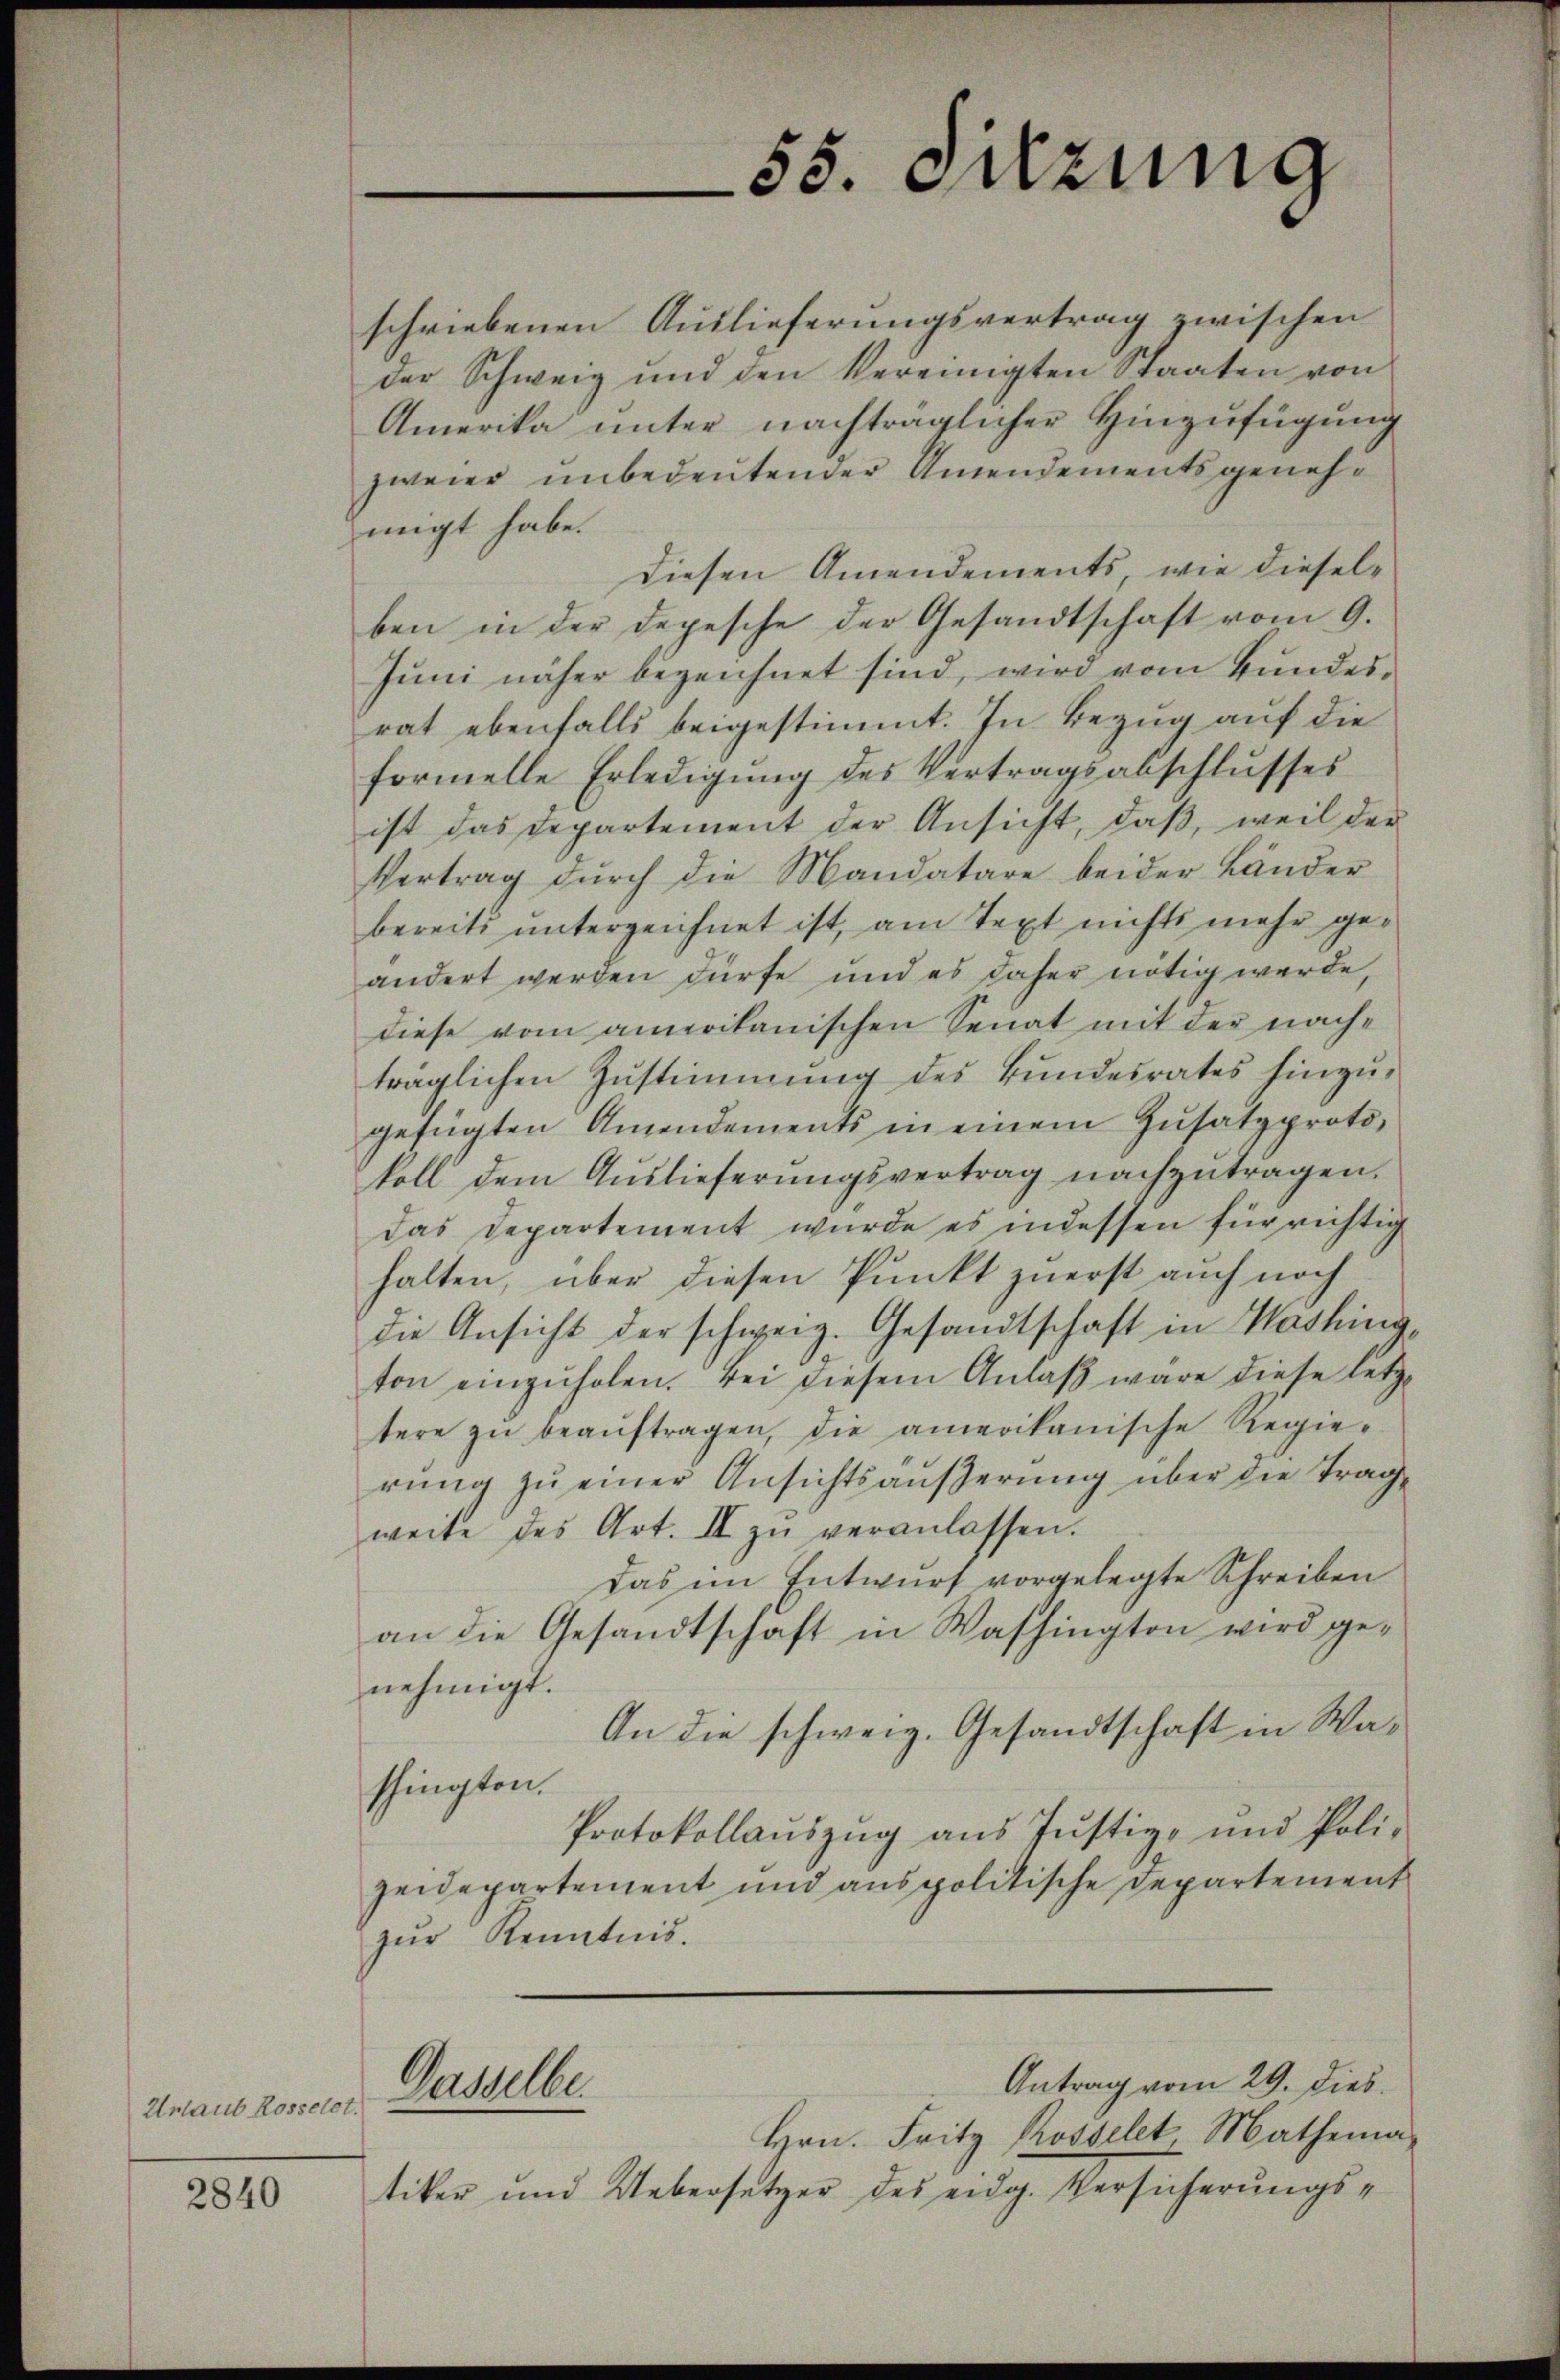
Urlaub Rosselet.

2840

55. Szung

schriebenen Auslieferungsvertrag zwischen
der Schweiz und den Vereinigten Staaten von
Amerika unter nachträglicher Hinzufügung
zweier unbedeutender Amendements genehmigt habe.
diesen Amendements, wie dieselben in der Depesche der Gesandtschaft vom 9.
Juni näher bezeichnet sind, wird vom Bundesrat ebenfalls beigestimmt. In Bezug auf die
formelle Erledigŭng des Vertragsabschlŭsses
ist das Departement der Ansicht, daß, weil der
Vertrag durch die Mandatare beider Länder
bereits unterzeichnet ist, am Text nichts mehr geändert werden dürfe und es daher nötig werde,
diese vom amerikanischen Senat mit der nachträglichen Zustimmung des Bundesrates hinzugefügten Amendements in einem Zusatzprotokoll dem Aŭslieferŭngsvertrag nachzŭtragen.
das Departement wurde es indessen für richtig
halten, über diesen Punkt zuerst auch noch
die Ansicht der schweiz. Gesandtschaft in Washing
ton einzŭholen. Bei diesem Anlaß wäre diese letz
tere zŭ beaŭftragen, die amerikanische Regie-
rŭng zŭ einer Ansichtsaŭβerŭng über die Trag
weite des Art. II zŭ veranlassen.
Das im Entwurf vorgelegte Schreiben
an die Gesandtschaft in Washington wird genehmigt.
An die schweiz. Gesandtschaft in Washingten.
Protokollaŭszŭg ans Justiz- und Poli-
zeidepartement und anspolitische Departement
zŭr Kenntnis.
Antrag vom 29. Dies
Gasselber
Hrn. Fritz Rosselt Mathema-
tiker und Uebersetzer des eidg. Versicherungs¬